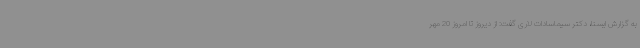
به گزارش ایسنا، دکتر سیماسادات لاری گفت: از دیروز تا امروز 20 مهر